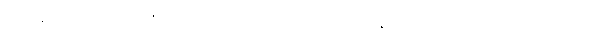
ရဟန်းတို့။ ပါပမိတ္တော၊ ယုတ်မာသောအဆွေခင်ပွန်းရှိသော။ ပါပသဟာယော၊